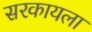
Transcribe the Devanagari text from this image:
सरकायला